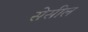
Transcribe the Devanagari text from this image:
सेसील